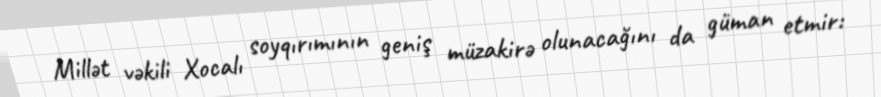
Millət vəkili Xocalı soyqırımının geniş müzakirə olunacağını da güman etmir: